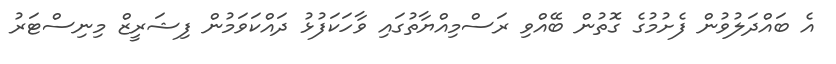
އެ ބައްދަލުވުން ފެށުމުގެ ގޮތުން ބޭއްވި ރަސްމިއްޔާތުގައި ވާހަކަފުޅު ދައްކަވަމުން ފިޝަރީޒް މިނިސްޓަރު